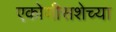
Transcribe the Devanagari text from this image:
एकोणीसशेच्या